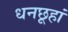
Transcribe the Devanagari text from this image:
धनछूहां